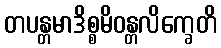
တပန္တမာဒိစ္စမိဝန္တလိက္ခေတိ